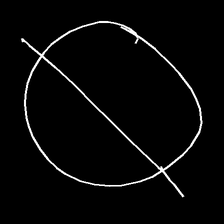
Glyph: orb